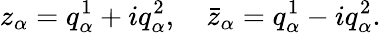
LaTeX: z_{\alpha}=q_{\alpha}^{1}+iq_{\alpha}^{2},\quad\bar{z}_{\alpha}=q_{\alpha}^{1}-iq_{\alpha}^{2}.